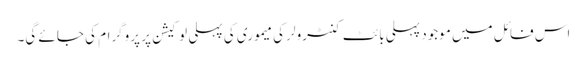
اس فائل میں موجود پہلی بائٹ کنٹرولر کی میموری کی پہلی لو کیشن پر پروگرام کی جائے گی۔